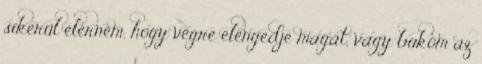
sikerül elérnem, hogy végre elengedje magát, vagy bukom az